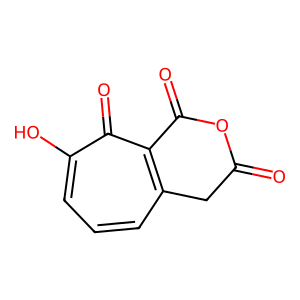
SMILES: O=C1Cc2cccc(O)c(=O)c2C(=O)O1
Inhibits HIV replication: No